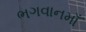
ભગવાનમાઁ